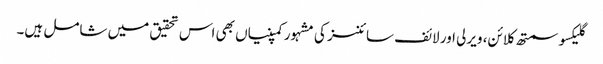
گلیکسو سمتھ کلائن، ویرلی اور لائف سائنسز کی مشہور کمپنیاں بھی اس تحقیق میں شامل ہیں۔